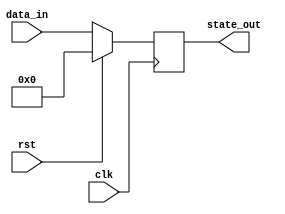
module synchronous_reset(
    input wire clk,          // Clock signal
    input wire rst,          // Synchronous Reset signal
    input wire [7:0] data_in, // Example additional input
    output reg [7:0] state_out // Example output state
);

// Define the reset state
localparam RESET_STATE = 8'b00000000; // Example reset state

// Always block for synchronous behavior
always @(posedge clk) begin
    if (rst) begin
        // When reset is asserted, set the output to the reset state
        state_out <= RESET_STATE;
    end else begin
        // Normal operation: Update state based on input (for example)
        state_out <= data_in; // Example operation: assign input to state
    end
end

endmodule